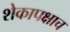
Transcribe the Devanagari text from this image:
शेकापक्षाच